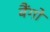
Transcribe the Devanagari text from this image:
बैंगो